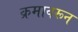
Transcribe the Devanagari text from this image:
क्रमावरून